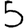
Digit: 5